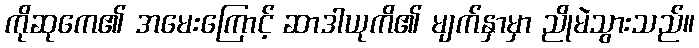
ကိုဆုကေ၏ အမေးကြောင့် ဆာဒါယုကိ၏ မျက်နှာမှာ ညိုမဲသွားသည်။